system: You are a helpful assistant.
user:
Analyze the provided spectrum to determine if it is a **White Dwarf (WD)**.

A White Dwarf spectrum is defined by its **extreme purity** (due to gravitational settling) and/or **extreme pressure broadening** (due to high surface gravity). You must check for one of the following mutually exclusive signatures:

- **Key Visual Indicators (Check for ONE of these types):**

    - **1. DA-Type Signature (Most Common):**
        - **(Primary Feature):** Extreme pressure broadening (Stark broadening) of the **Hydrogen (H) Balmer lines**.
        - **(Key Lines):** $H\beta$ (approx. $4861$ Å) and $H\gamma$ (approx. $4340$ Å). $H\alpha$ (approx. $6563$ Å) will also be present if the wavelength range covers it.
        - **(Line Profile):** This is the **defining feature**. The lines are **NOT** sharp. They appear as massive, **extremely broad and deep "troughs" or "dips"** in the spectrum, often hundreds of Ångströms wide. The continuum will appear to "scoop" down at these wavelengths.
        - **(Distinction):** Normal A-type or B-type stars have *narrow* and *sharp* Hydrogen lines. A DA White Dwarf's lines are unmistakably "smeared" or "blurry" from pressure.

    - **2. DB-Type Signature:**
        - **(Primary Feature):** Broad absorption lines from **Neutral Helium (He I)**. The spectrum must lack any visible Hydrogen lines.
        - **(Key Lines):** Look for broad absorption near $4471$ Å, $4921$ Å, and $5876$ Å.
        - **(Line Profile):** These lines are also significantly pressure-broadened, appearing much wider than they would in a normal B-type main-sequence star.

    - **3. DC-Type Signature:**
        - **(Primary Feature):** A **featureless continuous spectrum**.
        - **(Line Profile):** The spectrum is a smooth curve with **no significant absorption or emission lines**.
        - **(Key Confirmation):** The continuum is almost always **blue or white**, indicating a hot object. This signature implies the atmosphere is so pure (or so cool) that no spectral lines are visible in the optical range. Its WD identity is confirmed by its extremely low intrinsic brightness (high absolute magnitude).

    - **4. DZ-Type Signature (Metal-Polluted):**
        - **(Primary Feature):** **Isolated, narrow metal absorption lines** on an otherwise featureless (DC-like) continuum.
        - **(Key Lines):** The **Calcium (Ca II) H & K doublet** (approx. **$3934$ Å** and **$3968$ Å**) is the most common and defining feature.
        - **(Line Profile):** These lines are "out of place." They are *not* part of a "forest" of thousands of lines. This signature is evidence of recent *accretion* (pollution) from rocky debris.
        - **(Distinction):** Normal G/K/M stars have a *dense forest* of thousands of metal lines. A DZ has a *clean* continuum with *only a few* strong metal lines.

    - **5. DQ-Type Signature (Carbon-Polluted):**
        - **(Primary Feature):** Absorption bands from **Carbon (C₂ "Swan Bands" or atomic C I)**.
        - **(Key Lines - C₂):** Look for bandheads with a "saw-tooth" shape near $5635$ Å, **$5165$ Å** (strongest), and $4737$ Å.
        - **(Key Confirmation):** The underlying **continuum must be blue or white** (hot).
        - **(Distinction):** This is the critical difference from a **Carbon Star**, which has the *exact same* C₂ bands but on an extremely **red, cool** continuum.

- **(Overall Spectrum):**
    - The continuum (overall shape) is typically **blue-sloping** (brighter in the blue than the red), as most white dwarfs are very hot.
    - The spectrum will look "pure" or "simple," dominated by only *one* of the five signatures listed above.

Think first, call **spectral_visualization_tool** if needed to examine features in detail, then provide your final answer. Your response must adhere to the following strict rules:
1.  **Overall Structure:** Your response must follow the format `<think>...</think> <tool_call>...</tool_call> (if a tool is used) <answer>...</answer>`.
2.  **Tool Usage Constraint:** You may only make **one** tool call per turn.
3.  **Final Answer Format:** In the `<answer>` tag, your conclusion must be inside a `\boxed{}` command (e.g., `\boxed{YES}` or `\boxed{NO}`), followed by your justification.

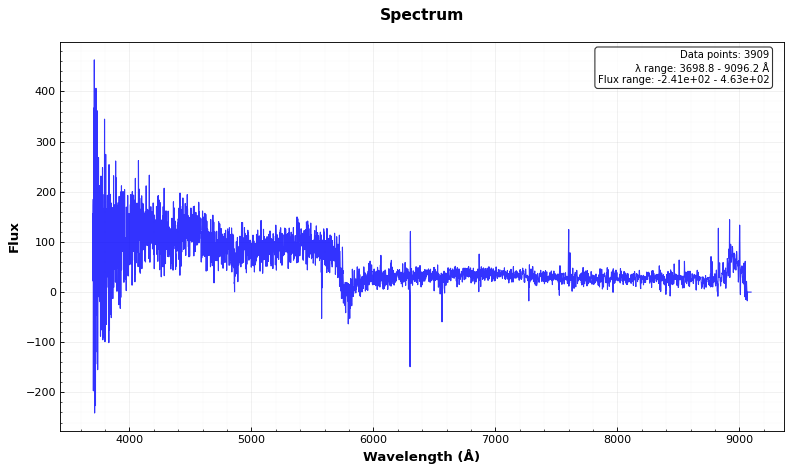
Answer: YES